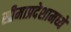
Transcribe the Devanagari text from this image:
सीमाप्रदेशामध्ये